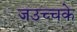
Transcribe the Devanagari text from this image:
जउच्चके